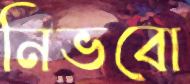
নিভবো